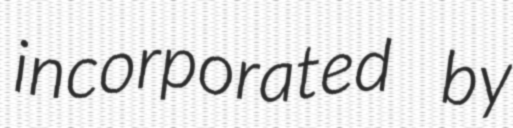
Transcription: incorporated by